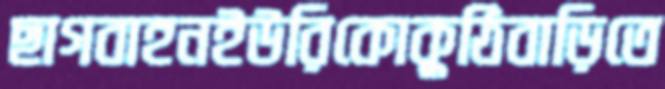
ছাগবাহনইউরিকোকুঠিবাড়িতে